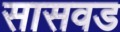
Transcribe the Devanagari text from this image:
सासवड